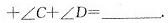
∠ C + ∠ D = ___$$.